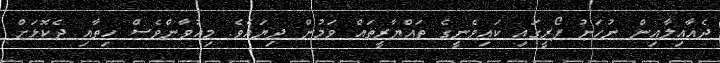
ދެއާއިލާއިން ނުހަނު ފޯރީގައި ކައިވެނީގެ ތައްޔާރީތައް ވަމުން ދިޔައެވެ. މިއުވާންވެސް ހިތާއި ދެކޮޅަށް